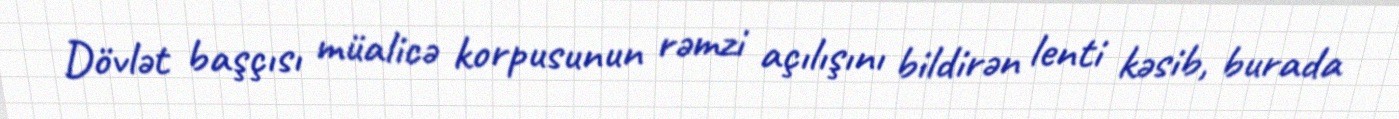
Dövlət başçısı müalicə korpusunun rəmzi açılışını bildirən lenti kəsib, burada